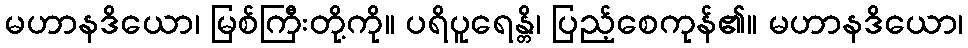
မဟာနဒိယော၊ မြစ်ကြီးတို့ကို။ ပရိပူရေန္တိ၊ ပြည့်စေကုန်၏။ မဟာနဒိယော၊